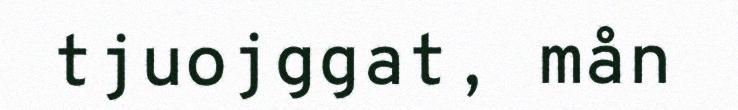
tjuojggat, mån